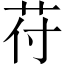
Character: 苻